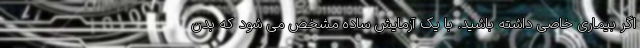
اگر بیماری خاصی داشته باشید. با یک آزمایش ساده مشخص می شود که بدن